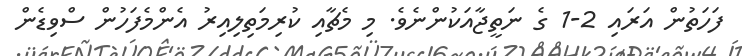
ފަހަތުން އަރައި 2-1 ގެ ނަތީޖާއަކުންނެވެ. މި މެޗާއި ކުރިމަތިލިއިރު އެންމެފަހުން ސްވިޑެން